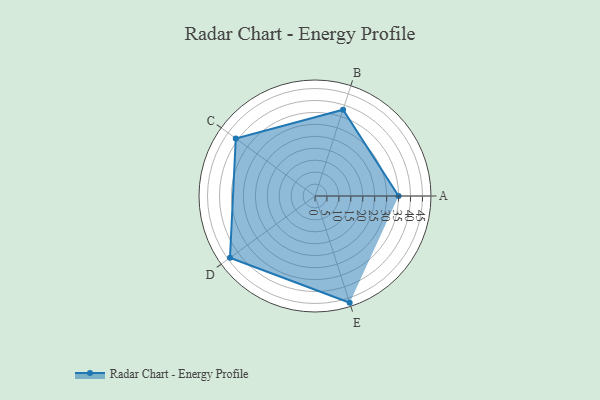
{"axis": {"x": "Skill", "y": "Score"}, "legend": ["Profile"], "data": [{"x": "A", "y": 35.0, "type": "Profile"}, {"x": "B", "y": 38.0, "type": "Profile"}, {"x": "C", "y": 41.0, "type": "Profile"}, {"x": "D", "y": 44.0, "type": "Profile"}, {"x": "E", "y": 47.0, "type": "Profile"}]}